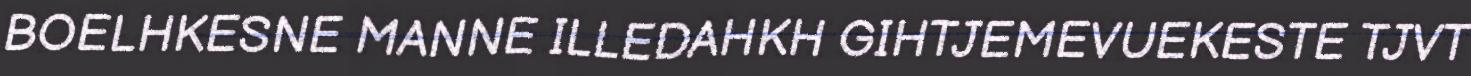
BOELHKESNE MANNE ILLEDAHKH GIHTJEMEVUEKESTE TJVT